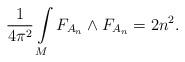
LaTeX: \begin{align*}{1\over 4\pi^2}\int\limits_M F_{A_n}\wedge F_{A_n} = 2n^2.\end{align*}